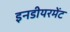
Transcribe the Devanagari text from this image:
इनडीयरमेंट